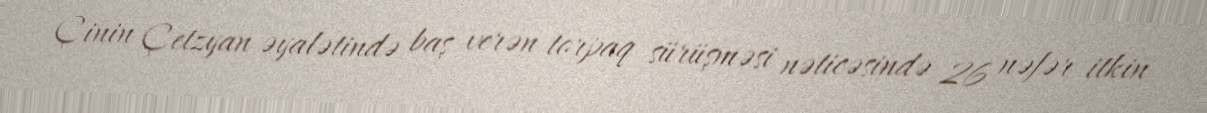
Çinin Çetzyan əyalətində baş verən torpaq sürüşməsi nəticəsində 26 nəfər itkin